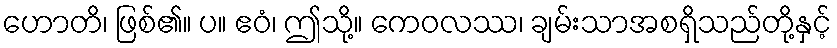
ဟောတိ၊ ဖြစ်၏။ ပ။ ဧဝံ၊ ဤသို့။ ကေဝလဿ၊ ချမ်းသာအစရှိသည်တို့နှင့်